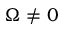
\Omega \neq 0